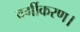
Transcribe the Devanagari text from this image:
वर्गीकरण।